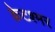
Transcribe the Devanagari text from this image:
क्रेटश्मर